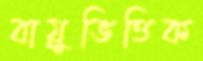
বায়ুভিত্তিক